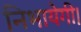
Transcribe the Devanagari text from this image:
निभायेगी।